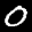
Label: 0